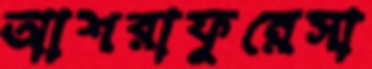
আশরাফুন্নেসা